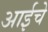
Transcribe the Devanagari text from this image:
अाईचे